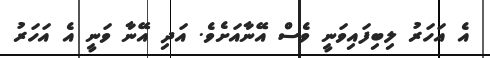
އެ އަހަރު ލިބިފައިވަނީ ވެސް އޭނާއަށެވެ. އަދި އޭނާ ވަނީ އެ އަހަރު